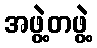
အဖွဲ့တဖွဲ့